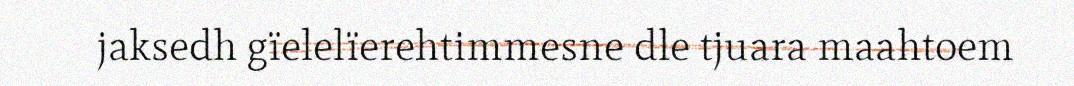
jaksedh gïelelïerehtimmesne dle tjuara maahtoem